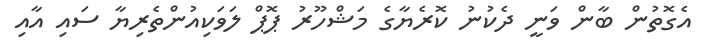
އެގޮތުން ބާން ވަނީ ދެކުނު ކޮރެޔާގެ މަޝްހޫރު ޕޮޕް ލަވަކިއުންތެރިޔާ ސައި އާއި